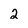
Character: 2